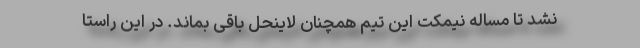
نشد تا مساله نیمکت این تیم همچنان لاینحل باقی بماند. در این راستا